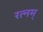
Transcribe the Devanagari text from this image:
रत्नम्‌